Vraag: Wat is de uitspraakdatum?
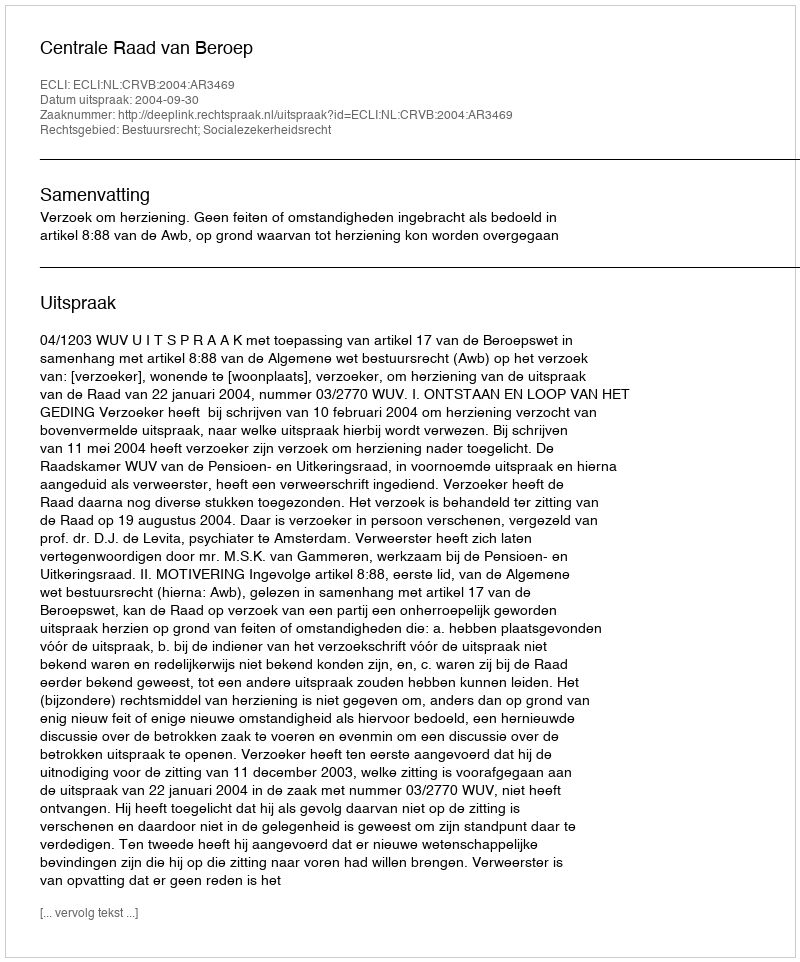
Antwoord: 2004-09-30